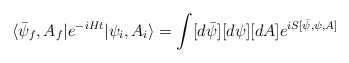
\begin{align*}\langle \bar{\psi}_f,A_f| e^{-iHt}| \psi_i, A_i \rangle = \int [d \bar{\psi}] [d \psi] [dA] e^{i S[\bar{\psi}, \psi, A]}\end{align*}